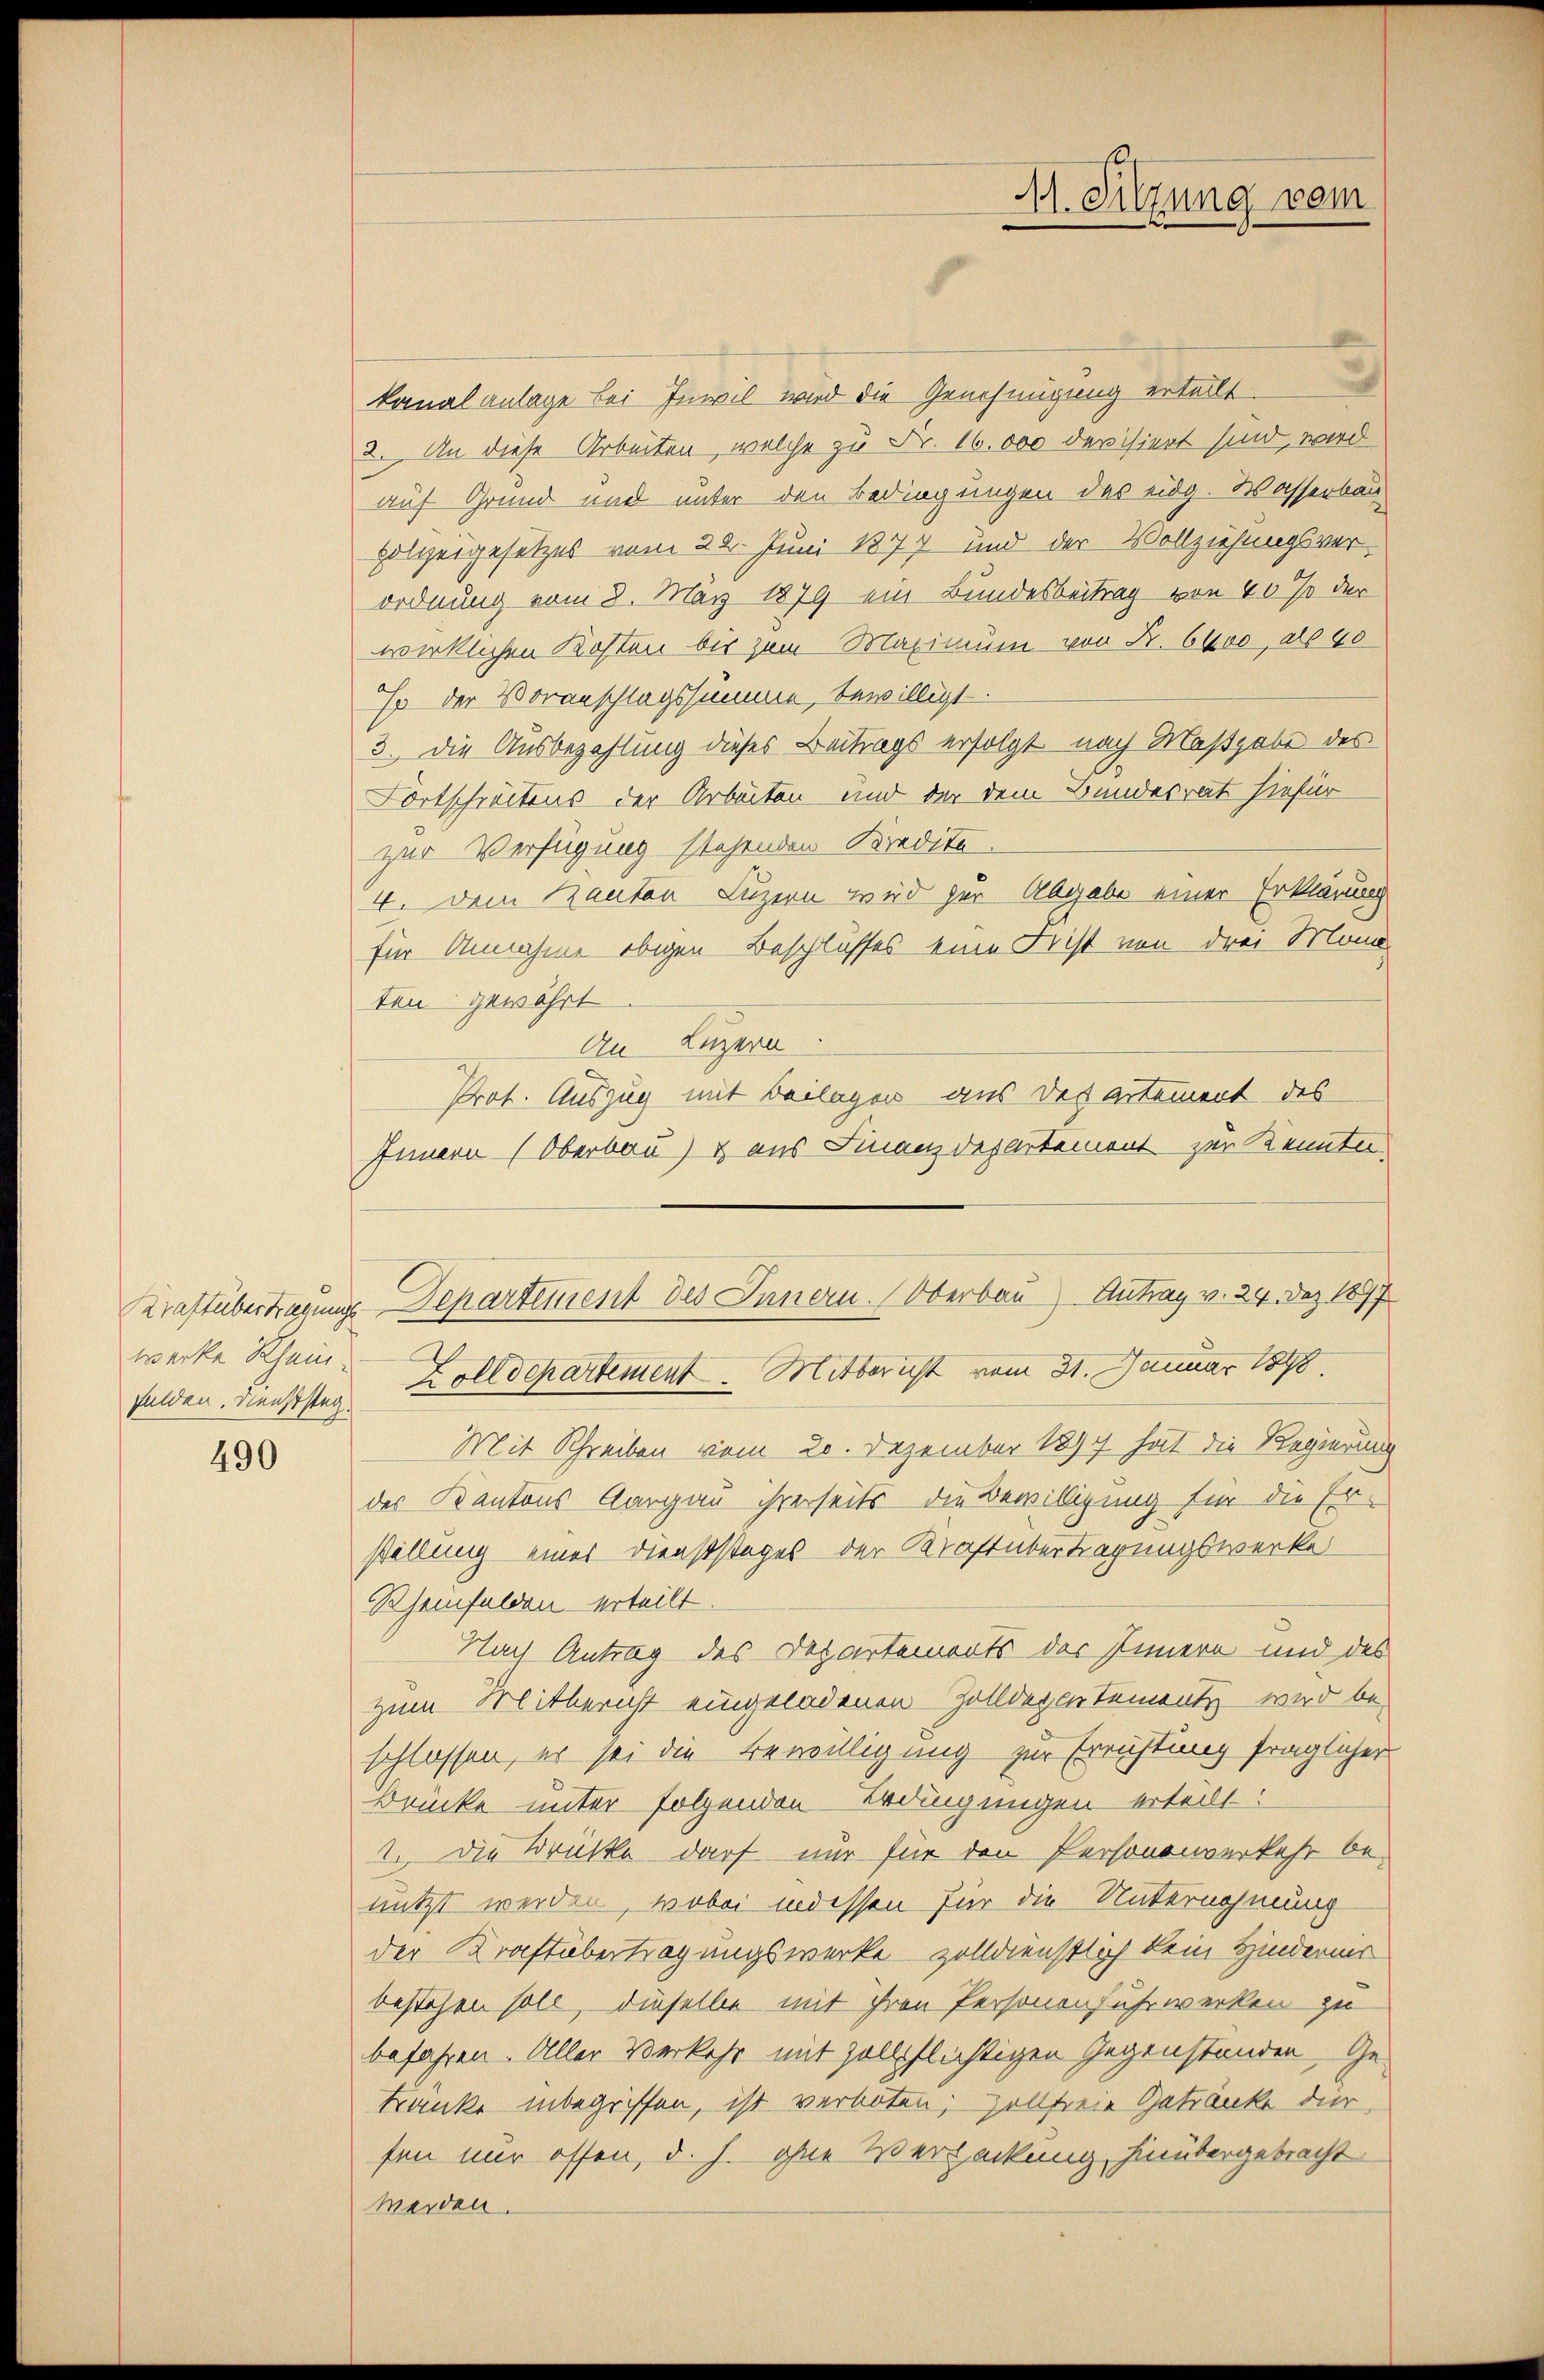
werke Rhein-

490

kanalanlage bei Inwil wird die Genehmigung erteilt.
2. An diese Arbeiten, welche zu Fr. 16,000 devisiert sind, wird
auf Grund und unter den Bedingungen des eidg. Wasserbau
Holzeigesetzes vom 29. Juni 1877 und der Vollziehungsverordnung vom 8. März 1879 ein Bundesbeitrag von 40% der
wirklichen Kosten bis zum Maximum von Fr. 6400, als 40
E der Voranschlagssumme, bewilligt.
3. Die Ausbezahlung dieses Beitrags erfolgt nach Maßgabe des
Fortschreitens der Arbeiten und der dem Bundesrat hiefür
zur Verfügung stehenden Bredita
4. Dem Kanton Luzern wird zur Abgabe einer Erklärung
für Annahme obigen Beschlusses eine Frist von drei Mona
ten gewährt
An Luzern
Prot. Auszug mit Beilagen aus des artement des
Innern (Oberbau) & aus Finanzdepartement zur Kennten
Kraftübertragung Departement des Innern. Oberbau Antrag v. 24. Dez. 1897
Felden. Diensisten Zolldepartement. Mitbericht vom 31. Januar 1890
Mit Schreiben vom 20. Dezember 1894 hat die Regierung
des Kantons Aargau ihrerseits die Bewilligung für die Er-
stellung eines Dienststages der Kraft übertragungswerke
Rheinfelden erteilt.
Nach Antrag des Departemonts des Innern und des
zum Mitbericht eingeladenen Zolldepartementz wird beschlossen, es sei die Bewilligung zur Errichtung fraglicher
Brücke unter folgenden Bedingungen erteilt
1. Die Brücke darf nur für den Personenverkehr be-
nutzt werden, wobei indessen für die Unternehmung
der Kraft übertragungswerke zolldienstlich kein Hindernis
bestehen soll, dieselbe mit ihren Personenfuhrwerken zu
befahren. Aller Verkehr mit zollpflichtigen Gegenstanden, Ge-
tränke inbegriffen, ist verboten; zollfreie Getränke dir
fen nur offen, d. h. ohne Verlackung hinübergebracht
werden.

11. Sitzung vom